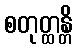
စတုတ္ထန္တိ